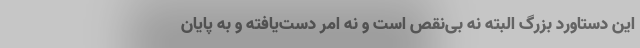
این دستاورد بزرگ البته نه بی‌نقص است و نه امر دست‌یافته و به پایان